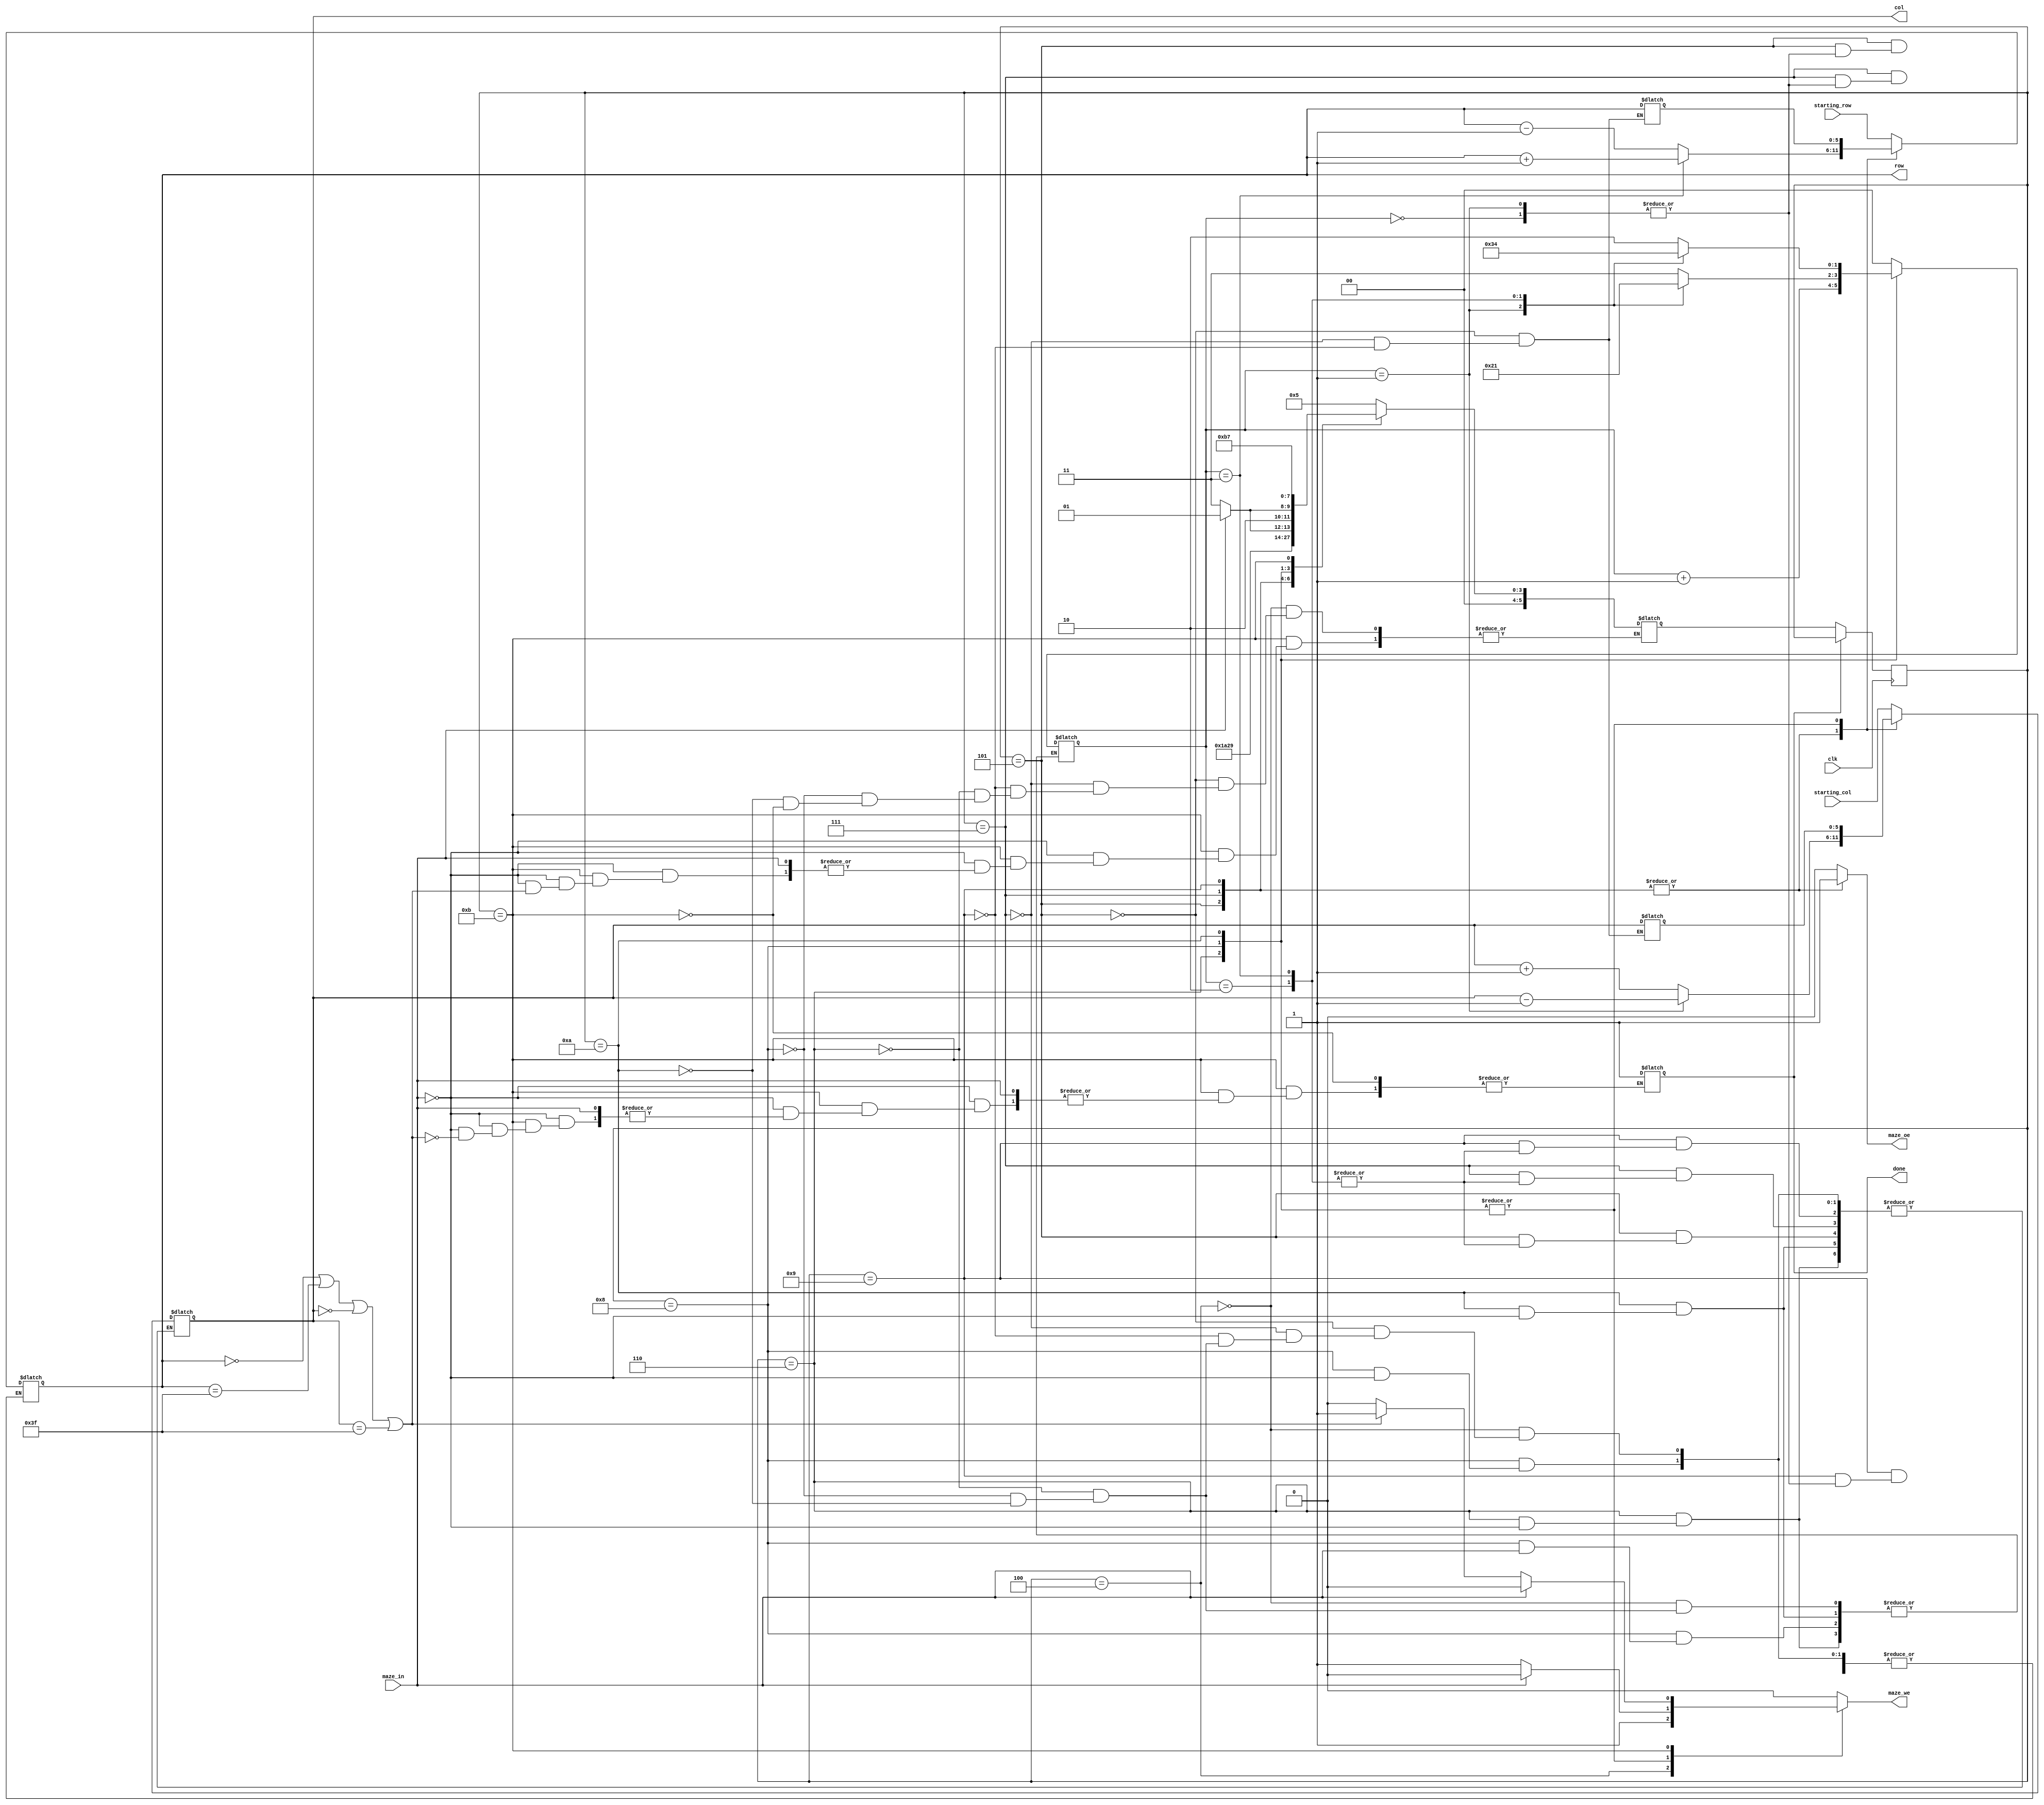
`timescale 1ns / 1ps

//////////////////////////////////////////////////////////////////////////////////
// Company: 
// Engineer: 
// 
// Design Name: 
// Module Name:    maze 
// Project Name: 
// Target Devices: 
// Tool versions: 
// Description: 
//
// Dependencies: 
//
// Revision: 
// Revision 0.01 - File Created
// Additional Comments: 
//
//////////////////////////////////////////////////////////////////////////////////

module maze(
	input 		          clk,
	input [5:0]  starting_col, starting_row, 	// indicii punctului de start
	input  			  maze_in, 			// ofer informa?ii despre punctul de coordonate [row, col]
	output reg[5:0] row, col,	 		// selecteaz un rnd si o coloan din labirint
	output reg		 maze_oe,			// output enable (activeaz citirea din labirint la rndul ?i coloana date) - semnal sincron	
	output reg 		 maze_we, 			// write enable (activeaz scrierea n labirint la rndul ?i coloana date) - semnal sincron
	output reg	  	 done = 0);		 	// ie?irea din labirint a fost gasit; semnalul rmane activ 

	
	`define direction 5
	`define direction_change 6
	`define direction_right 7
	`define right_check 8
	`define direction_forward 9
	`define forward_check 10
	`define final_state 11 //starile automatului
	
	`define right 0
	`define left 1
	`define up 2
	`define down 3
	`define init 4 //directiile de deplasare

	reg[5:0] copy_row, copy_col; //variabile in care este retinuta pozitia precedenta
	reg[5:0] state = `init; //stare
	reg[5:0] next_state; //urmatoarea stare
	reg[1:0] direc; //directia de deplasare
	
	always @(posedge clk) begin
		if (done == 0) begin
			state <= next_state;
		end
	end

	always @(*) begin
		maze_we = 0;
		maze_oe = 0;
	
		case(state)
			`init: begin //starea initiala
				maze_we = 1;
				row = starting_row;
				col = starting_col;
				direc = `right; //prima directie de deplasare
				next_state = `direction;
			end
		
			`direction: begin //starea in care se testeaza sensul deplasarii
			//retinem linia si coloana in variabile
				copy_row = row;
				copy_col = col;
				maze_oe = 1;
				case(direc)
					`right: begin
						col = col + 1;
					 end
					`left: begin
						col = col - 1;
					 end
					`up: begin 
						row = row - 1;
					 end
					`down: begin
						row = row + 1;
					 end
				endcase
				
				next_state = `direction_change;
			end
			
			`direction_right: begin //starea in care se incearca deplasarea in dreapta
				copy_row = row;
				copy_col = col;
				maze_oe = 1;
				case(direc)
					`right: begin
						col = col + 1;
					 end
					`left: begin
						col = col - 1;
					 end
					`up: begin 
						row = row - 1;
					 end
					`down: begin
						row = row + 1;
					 end
				endcase
				
				next_state = `right_check;
			end
			
			`direction_forward: begin //starea in care se incearca deplasarea in fata
				copy_row = row;
				copy_col = col;
				maze_oe = 1;
				case(direc)
					`right: begin
						col = col + 1;
					 end
					`left: begin
						col = col - 1;
					 end
					`up: begin 
						row = row - 1;
					 end
					`down: begin
						row = row + 1;
					 end
				endcase
				
				next_state = `forward_check;
			end
			
			`direction_change: begin
				if(maze_in == 1) begin //verificam daca intalnim sau nu perete
					row = copy_row;	
					col = copy_col;
					//se revine la pozitia anterioara
					direc = direc + 1; //testam urmatarea directie
					next_state = `direction;
				end
				else if (maze_in == 0) begin
					maze_we = 1; //marcam punctul prin care se trece
					next_state = `direction_right; //se incearca deplasarea la dreapta
				end
			end
				
			`right_check: begin
				if(maze_in == 1) begin //daca intalnim perete, trecem in alta stare
					row = copy_row;
					col = copy_col;
					next_state = `direction_forward;
				end
				else if (maze_in == 0) begin //daca nu avem perete, schimbam directia in sens orar
					case(direc)
						`right: begin 
							direc = `down; 
						end
						`left: begin 
							direc = `up; 
						end
						`up: begin 
							direc = `right; 
						end
						`down: begin 
							direc = `left; 
						end
					endcase
					maze_we = 1;
					next_state = `final_state;
				end
			end
			
			`forward_check: begin
				if(maze_in == 1) begin
					row = copy_row;
					col = copy_col;
					next_state = `final_state;
					case(direc) //schimbam directia in sens opus orar
						`right: begin 
							direc = `up; 
						end
						`left: begin 
							direc = `down; 
						end
						`up: begin 
							direc = `left; 
						end
						`down: begin 
							direc = `right; 
						end
					endcase
					
				end
				else if (maze_in == 0) begin
					maze_we = 1;
					next_state = `final_state;
				end
			end
			
			`final_state: begin
				if (maze_in == 1) begin //in cazul existentei unui perete, continuam deplasarea
					next_state = `direction_right;
				end
				else if(maze_in == 0) begin
					if(row == 0 || row == 63 || col == 0 || col == 63) begin //verificam daca am ajuns la finalul labirintului
						maze_we = 1;
						done = 1;
					end
					else begin //daca nu exista perete, dar nu este finalul labirintului, continuam deplasarea
						next_state = `direction_right;
					end
				end
			
			end
		endcase
	end
	endmodule